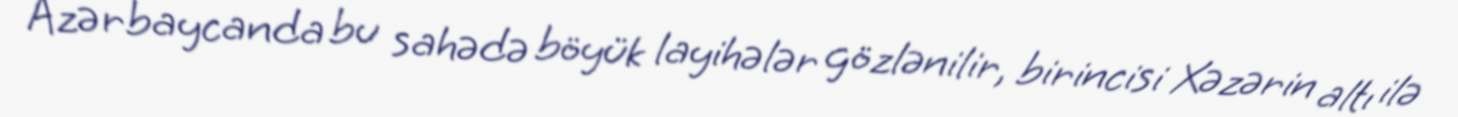
Azərbaycanda bu sahədə böyük layihələr gözlənilir, birincisi Xəzərin altı ilə